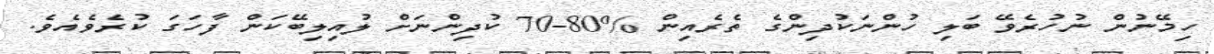
ހިމޭނުން ނުހުރެވޭ ބަލި ހުންނަކުދިންގެ ތެރެއިން %80-70 ކުދިންނަށް ލުއިލިބޭކަން ފާހަގަ ކުރެވެއެވެ.